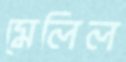
মেলিল